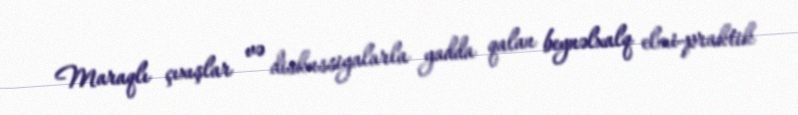
Maraqlı çıxışlar və diskussiyalarla yadda qalan beynəlxalq elmi-praktik